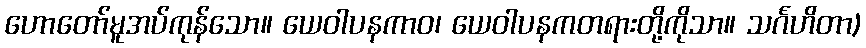
ဟောတော်မူအပ်ကုန်သော။ ယေဝါပနကာဝ၊ ယေဝါပနကတရားတို့ကိုသာ။ သင်္ဂဟိတာ)